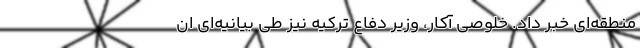
منطقه‌ای خبر داد. خلوصی آکار، وزیر دفاع ترکیه نیز طی بیانیه‌ای ان